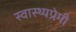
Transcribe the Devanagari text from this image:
स्वास्थ्यप्रेमी